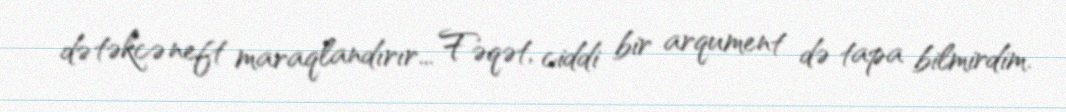
də təkcə neft maraqlandırır... Fəqət, ciddi bir arqument də tapa bilmirdim.